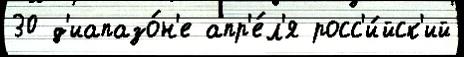
30 д'иапазо́н'е апр'е́л'я росс'и́йск'ий